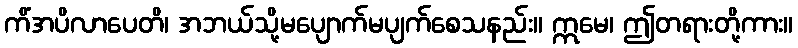
ကိံအပိလာပေတိ၊ အဘယ်သို့မပျောက်မပျက်စေသနည်း။ ဣမေ၊ ဤတရားတို့ကား။